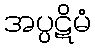
အပ္ပဋိမံ